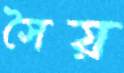
সৈয়